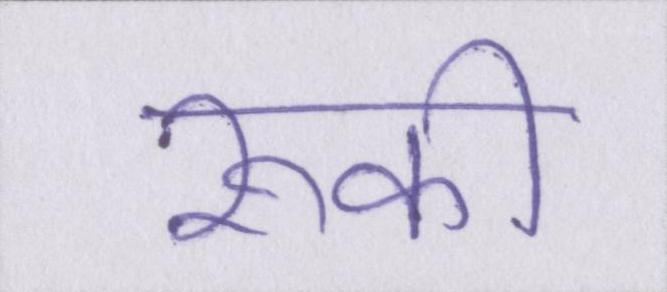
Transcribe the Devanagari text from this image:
रूकी